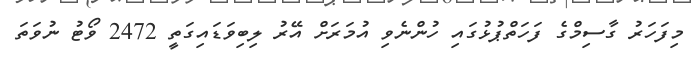
މިފަހަރު ގާސިމްގެ ފަހަތްޕުޅުގައި ހުންނެވި އުމަރަށް އޭރު ލިބިވަޑައިގަތީ 2472 ވޯޓު ނުވަތަ